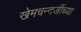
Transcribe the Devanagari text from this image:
खेमचन्दजींच्या